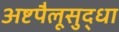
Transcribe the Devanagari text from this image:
अष्टपैलूसुद्धा